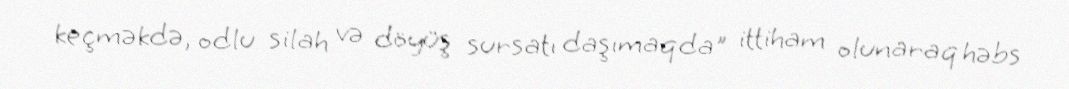
keçməkdə, odlu silah və döyüş sursatı daşımaqda" ittiham olunaraq həbs